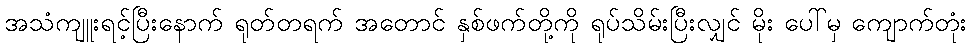
အသံကျူးရင့်ပြီးနောက် ရုတ်တရက် အတောင် နှစ်ဖက်တို့ကို ရုပ်သိမ်းပြီးလျှင် မိုး ပေါ်မှ ကျောက်တုံး